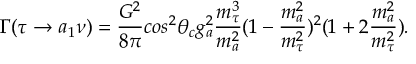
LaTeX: \Gamma ( \tau \rightarrow a _ { 1 } \nu ) = \frac { G ^ { 2 } } { 8 \pi } c o s ^ { 2 } \theta _ { c } g _ { a } ^ { 2 } \frac { m _ { \tau } ^ { 3 } } { m _ { a } ^ { 2 } } ( 1 - \frac { m _ { a } ^ { 2 } } { m _ { \tau } ^ { 2 } } ) ^ { 2 } ( 1 + 2 \frac { m _ { a } ^ { 2 } } { m _ { \tau } ^ { 2 } } ) .